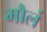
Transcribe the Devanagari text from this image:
मौलं